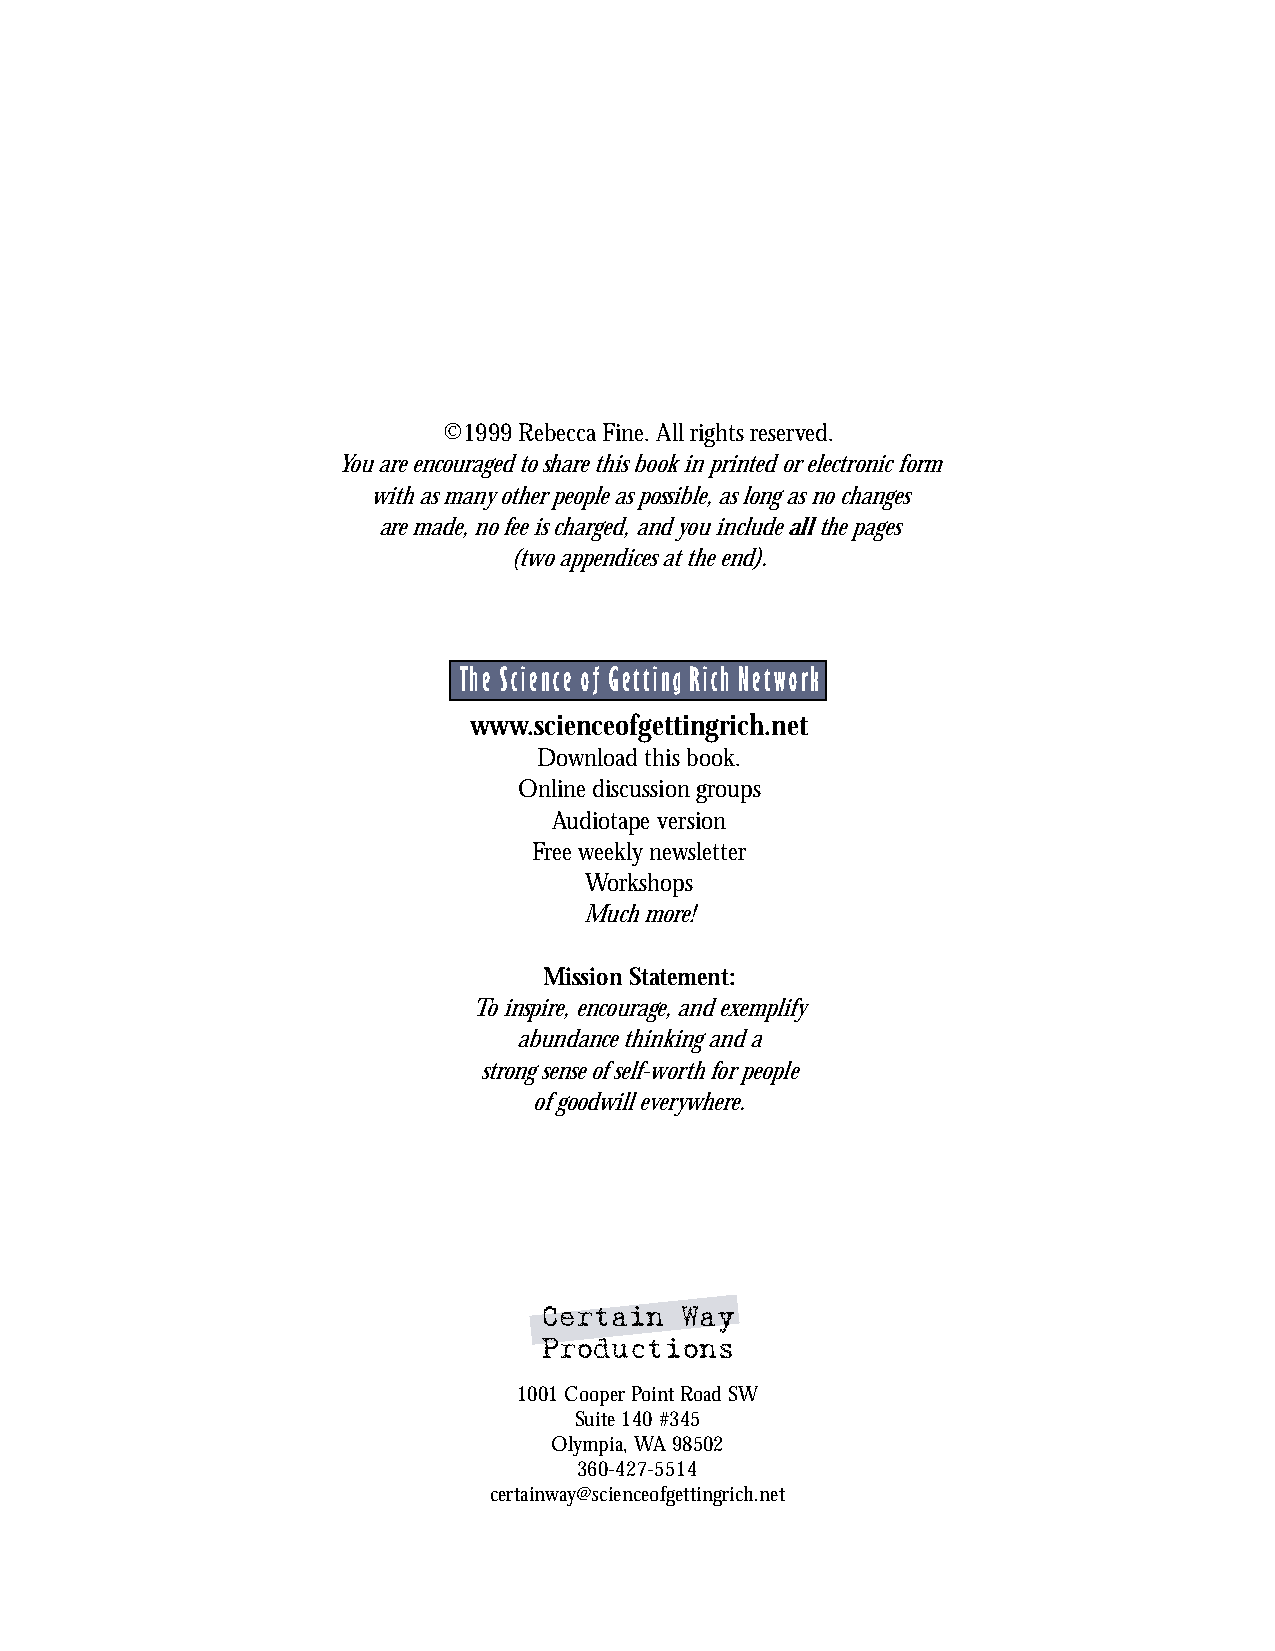
©1999 Rebecca Fine. All rights reserved.
 You are encouraged to share this book in printed or electronic form
 with as many other people as possible, as long as no changes
 are made, no fee is charged, and you include all the pages
 (two appendices at the end).
 The Science of Getting Rich Network
 www.scienceofgettingrich.net
 Download this book.
 Online discussion groups
 Audiotape version
 Free weekly newsletter
 Workshops
 Much more!
 Mission Statement:
 To inspire, encourage, and exemplify
 abundance thinking and a
 strong sense of self-worth for people
 of goodwill everywhere.
 Certain  Way
 Productions
 1001 Cooper Point Road SW
 Suite 140 #345
 Olympia, WA 98502
 360-427-5514
 certainway@scienceofgettingrich.net
 ii